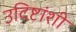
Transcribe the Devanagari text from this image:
उदिष्टांशी